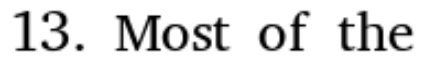
13. Most of the